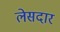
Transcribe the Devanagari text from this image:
लेसदार